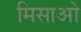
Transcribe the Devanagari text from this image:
मिसाओ